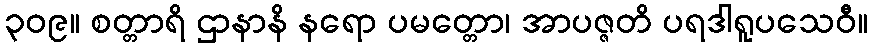
၃၀၉။ စတ္တာရိ ဌာနာနိ နရော ပမတ္တော၊ အာပဇ္ဇတိ ပရဒါရူပသေဝီ။